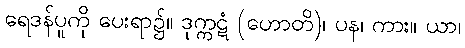
ရေဒန်ပူကို ပေးရာ၌။ ဒုက္ကဋံ (ဟောတိ)၊ ပန၊ ကား။ ယာ၊